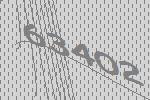
63402